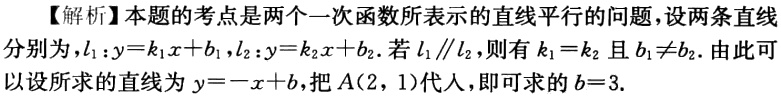
【解析】本题的考点是两个一次函数所表示的直线平行的问题,设两条直线分别为，$l_{1}:y = k_{1}x + b_{1},l_{2}:y = k_{2}x + b_{2}$. 若$l_{1}\parallel l_{2}$，则有$k_{1}=k_{2}$且$b_{1}\neq b_{2}$. 由此可以设所求的直线为$y=-x + b$，把$A(2,1)$代人，即可求的$b = 3$.